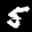
Label: 5